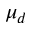
\mu _ { d }